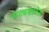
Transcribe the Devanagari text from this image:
नाट्यशाळेत